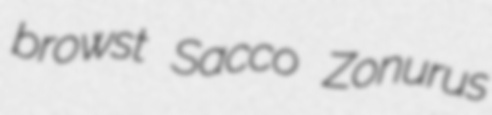
browst Sacco Zonurus